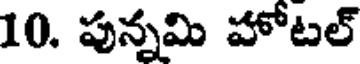
10. పున్నమి హోటల్